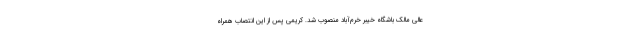
عالی مالک باشگاه خیبر خرم‌آباد منصوب شد. کریمی پس از این انتصاب همراه